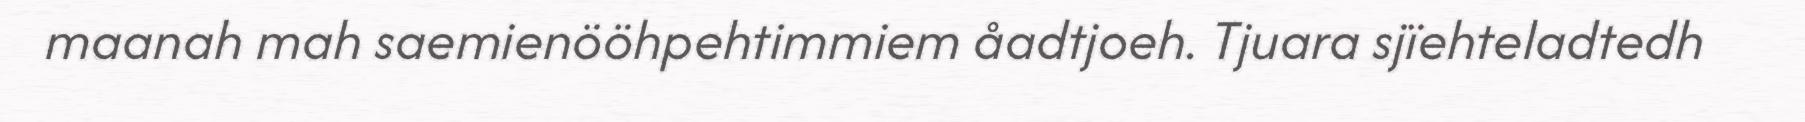
maanah mah saemienööhpehtimmiem åadtjoeh. Tjuara sjïehteladtedh